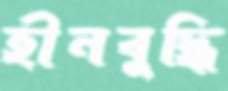
হীনবুদ্ধি